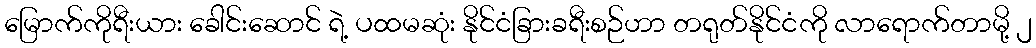
မြောက်ကိုရီးယား ခေါင်းဆောင် ရဲ့ ပထမဆုံး နိုင်ငံခြားခရီးစဉ်ဟာ တရုတ်နိုင်ငံကို လာရောက်တာမို့ ၂